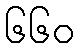
၆၆၀